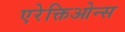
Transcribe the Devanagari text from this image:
एरेक्तिओन्स